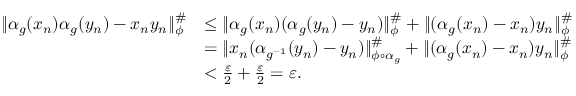
\begin{array} { r l } { \| \alpha _ { g } ( x _ { n } ) \alpha _ { g } ( y _ { n } ) - x _ { n } y _ { n } \| _ { \phi } ^ { \# } } & { \leq \| \alpha _ { g } ( x _ { n } ) ( \alpha _ { g } ( y _ { n } ) - y _ { n } ) \| _ { \phi } ^ { \# } + \| ( \alpha _ { g } ( x _ { n } ) - x _ { n } ) y _ { n } \| _ { \phi } ^ { \# } } \\ & { = \| x _ { n } ( \alpha _ { g ^ { - 1 } } ( y _ { n } ) - y _ { n } ) \| _ { \phi \circ \alpha _ { g } } ^ { \# } + \| ( \alpha _ { g } ( x _ { n } ) - x _ { n } ) y _ { n } \| _ { \phi } ^ { \# } } \\ & { < \frac { \varepsilon } { 2 } + \frac { \varepsilon } { 2 } = \varepsilon . } \end{array}